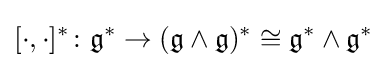
[\cdot ,\cdot ]^{*}\colon {\mathfrak {g}}^{*}\to ({\mathfrak {g}}\wedge {\mathfrak {g}})^{*}\cong {\mathfrak {g}}^{*}\wedge {\mathfrak {g}}^{*}